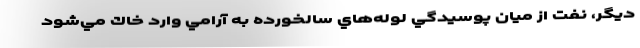
ديگر، نفت از ميان پوسيدگي لوله‌هاي سالخورده به آرامي وارد خاك مي‌شود